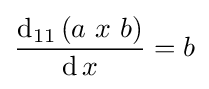
{\frac {\operatorname {d} _{11}\left(a\ x\ b\right)}{\operatorname {d} x}}=b